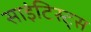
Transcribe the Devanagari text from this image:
साइंटिस्ट्स